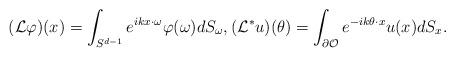
LaTeX: \begin{align*}(\mathcal L \varphi)(x)=\int_{S^{d-1}} e^{ikx\cdot \omega} \varphi(\omega) dS_\omega, (\mathcal L^* u)(\theta)=\int_{\partial \mathcal O} e^{-ik\theta \cdot x} u(x) dS_x.\end{align*}